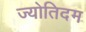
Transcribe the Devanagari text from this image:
ज्योतिदम